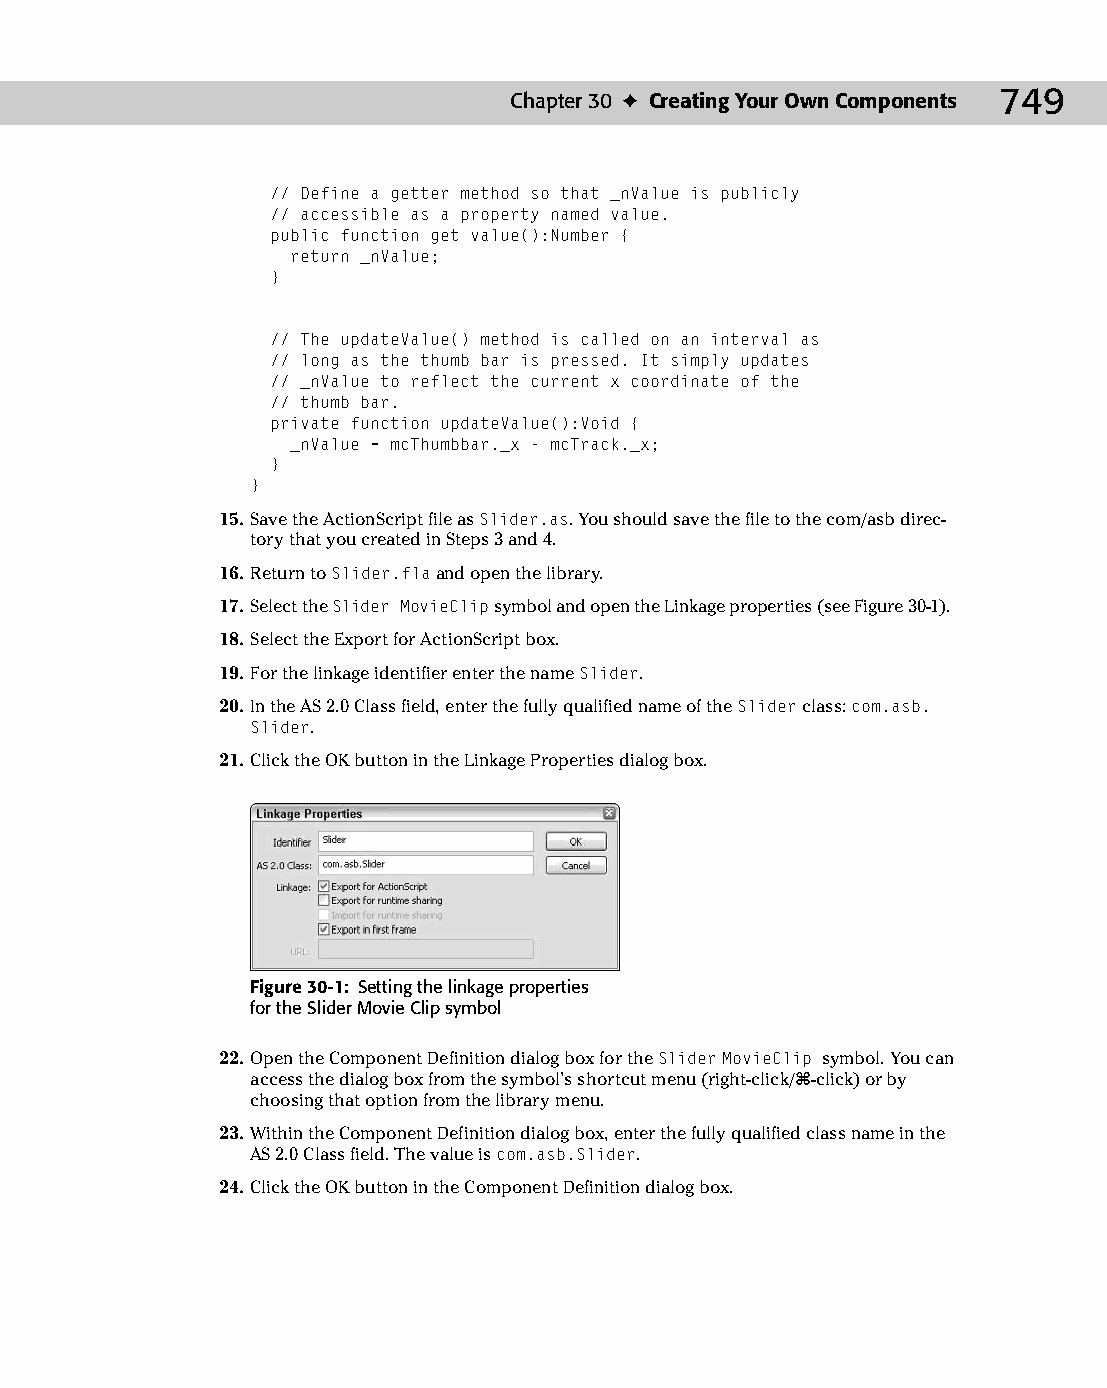
39 543547 ch30.qxd 3/24/04 4:07 PM Page 749
 Chapter 30 ✦ Creating Your Own Components 749
 // Define a getter method so that _nValue is publicly
 // accessible as a property named value.
 public function get value():Number {
 return _nValue;
 }
 // The updateValue() method is called on an interval as
 // long as the thumb bar is pressed. It simply updates
 // _nValue to reflect the current x coordinate of the
 // thumb bar.
 private function updateValue():Void {
 _nValue = mcThumbbar._x - mcTrack._x;
 }
 }
 15. Save the ActionScript file as Slider.as. You should save the file to the com/asb direc­
 tory that you created in Steps 3 and 4.
 16. Return to Slider.fla and open the library.
 17. Select the Slider MovieClip symbol and open the Linkage properties (see Figure 30-1).
 18. Select the Export for ActionScript box.
 19. For the linkage identifier enter the name Slider.
 20. In the AS 2.0 Class field, enter the fully qualified name of the Slider class: com.asb.
 Slider.
 21. Click the OK button in the Linkage Properties dialog box.
 Figure 30-1: Setting the linkage properties
 for the Slider Movie Clip symbol
 22. Open the Component Definition dialog box for the Slider MovieClip symbol. You can
 access the dialog box from the symbol’s shortcut menu (right-click/Ô-click) or by
 choosing that option from the library menu.
 23. Within the Component Definition dialog box, enter the fully qualified class name in the
 AS 2.0 Class field. The value is com.asb.Slider.
 24. Click the OK button in the Component Definition dialog box.